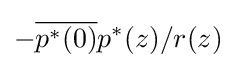
-{\overline {p^{*}(0)}}p^{*}(z)/r(z)